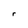
Character: r